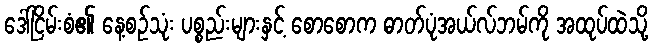
ဒေါ်ငြိမ်းစံ၏ နေ့စဉ်သုံး ပစ္စည်းများနှင့် စောစောက ဓာတ်ပုံအယ်လ်ဘမ်ကို အထုပ်ထဲသို့